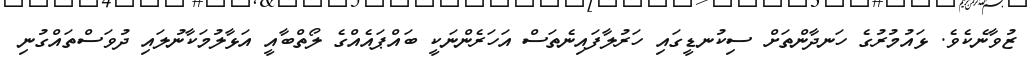
ޒުވާނެކެވެ. ޅައުމުރުގެ ހަނދާންތަށް ސިކުނޑީގައި ހަރުލާފައިނެތަސް އަހަރެންނަކީ ބައްޕައެއްގެ ލޯތްބާއީ އަޅާލުމަކާނުލައި ދުވަސްތައްގުނި